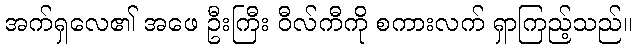
အက်ရှလေ၏ အဖေ ဦးကြီး ဝီလ်ကီကို စကားလက် ရှာကြည့်သည်။